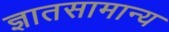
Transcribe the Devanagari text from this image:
ज्ञातसामान्य